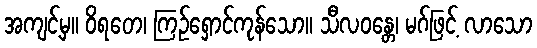
အကျင့်မှ။ ဝိရတေ၊ ကြဉ်ရှောင်ကုန်သော။ သီလဝန္တေ၊ မဂ်ဖြင့် လာသော